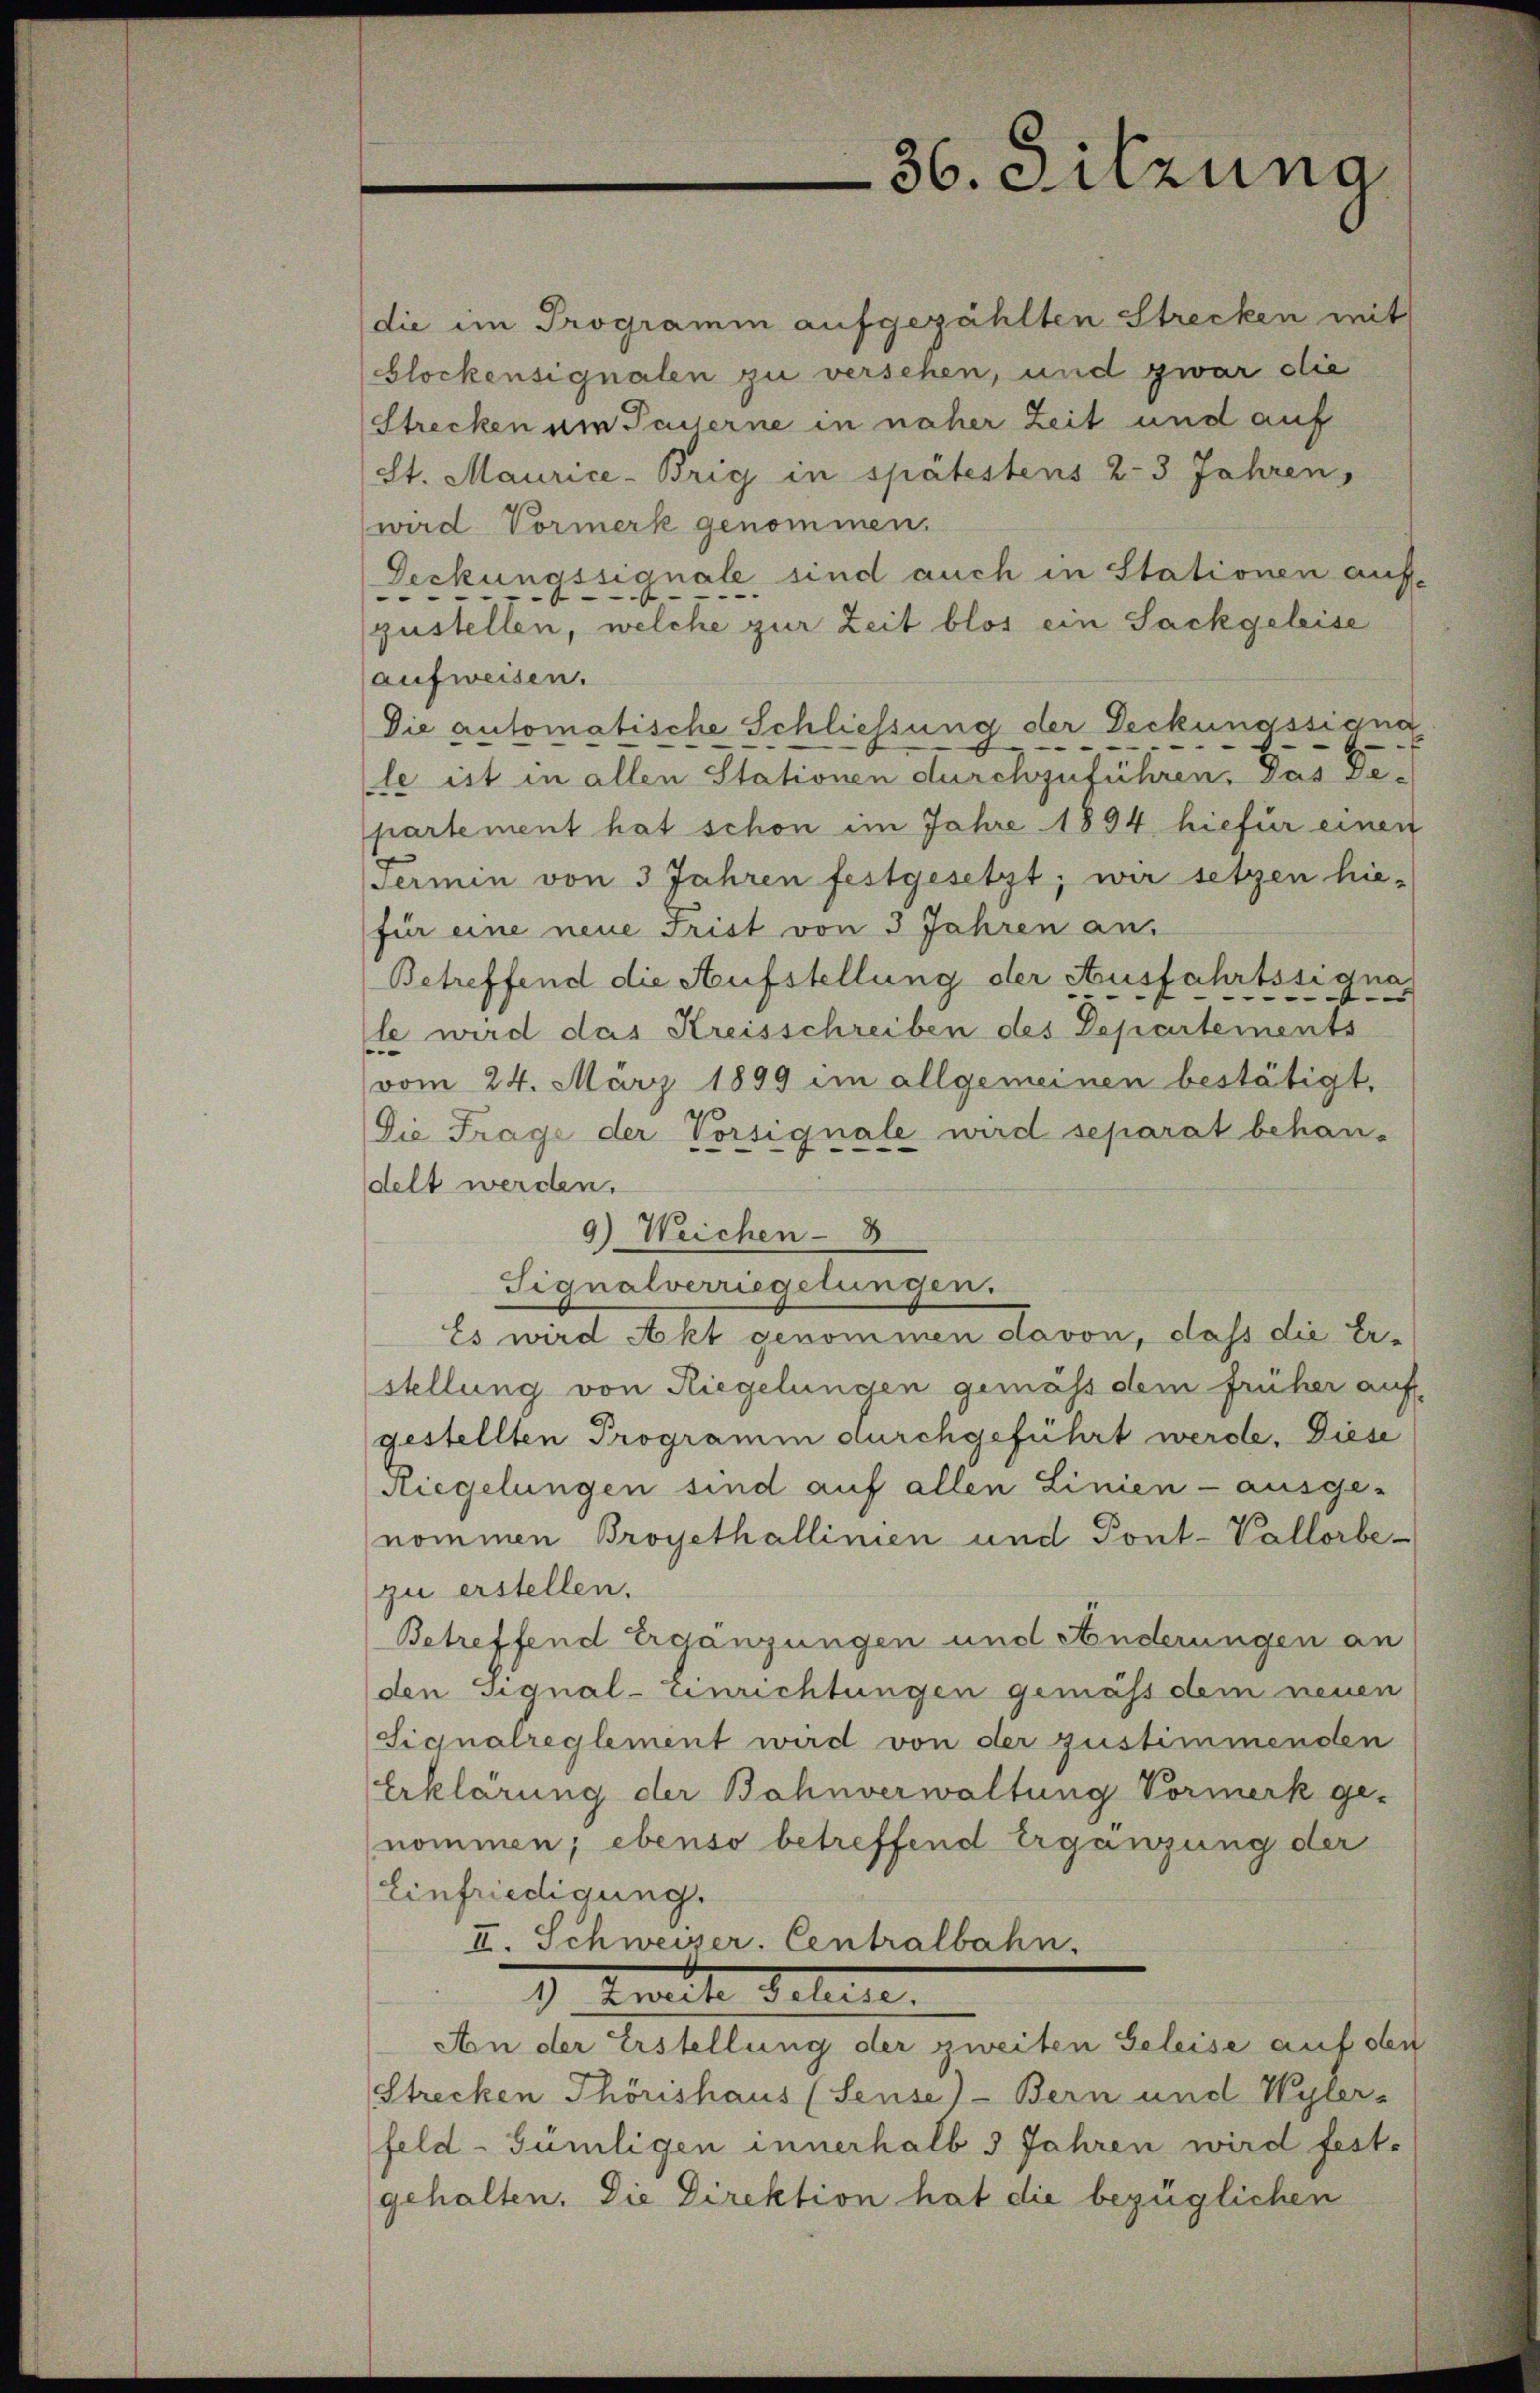
36. Sitzung

(die im Programm aufgezählten Strecken mit
blockensignalen zu versehen, und zwar die
Strecken um Pauserne in näher Zeit und auf
(St. Maurice-Brig in spätestens 2-3 Jahren,
wird Vormerk genommen.
Deckungssignale sind auch in Stationen auf-
zustellen, welche zur Zeit blos ein Sackgeleise
aufweisen.
Die automatische Schliessung der Deckunassigna
le ist in allen Stationen durchzuführen. Das Departement hat schon im Jahre 1894 hiefür einen
Termin von 3 Jahren festgesetzt; wir setzen hie-
für eine neue Frist von 3 Jahren an.
Betreffend die Aufstellung der Ausfahrtssignale wird das Kreisschreiben des Departements
vom 24. März 1899 im allgemeinen bestätigt,
Die Frage der Vorsignale wird separat behan-
delt werden.
9) Weichen - 3
Signalverriegelungen.
Es wird Akt genommen davon, dass die Er-
stellung von Riegelungen gemäss dem früher auf-
gestellten Programm durchgeführt werde. Diese
Riegelungen sind auf allen Linien - ausge-
nommen Broyethallinien und Pont-Vallorbe-
zu erstellen.
Betreffend Ergängungen und Anderungen an
den Signal- unrichtungen gemäss dem neuen
Signalreglement wird von der zustimmenden
Erklärung der Bahnverwaltung Vormerk ge-
nommen; ebenso betreffend Ergänzung der
Einfriedigung.
II. Schweizer. Centralbahn.
1 Krache Deten.
An der Erstellung der zweiten Geleise auf den
Strecken Thörishaus (Seuse)- Bern und Wyler-
feld-Gümligen innerhalb 3 Jahren wird fest-
gehalten. Die Direktion hat die bezüglichen